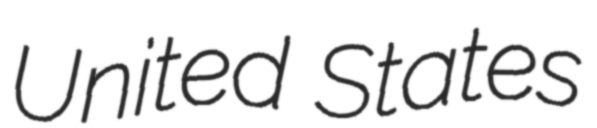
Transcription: United States